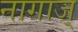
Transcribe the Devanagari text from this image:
नागाज्